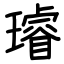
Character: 璿